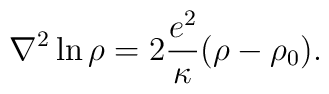
\nabla^2\ln\rho=2\frac{e^2}{\kappa} (\rho-\rho_0).